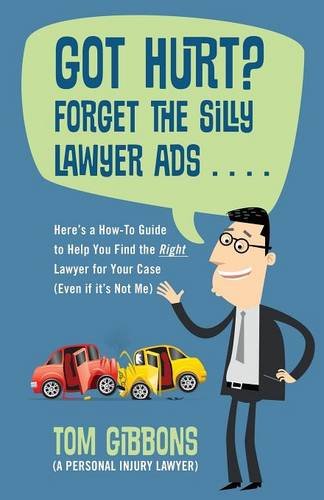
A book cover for Got Hurt? Forget the Silly Lawyer Ads . . . . Here's a How-To Guide to Help You Find the Right Lawyer for Your Case (Even if it's Not Me); Tom Gibbons (A Personal Injury Lawyer); Law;